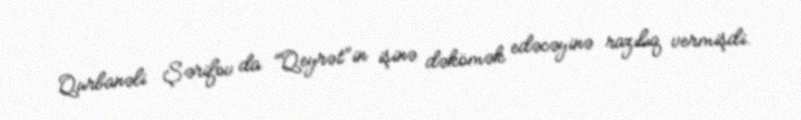
Qurbanəli Şərifov da "Qeyrət"in işinə dəkömək edəcəyinə razılıq vermişdi.